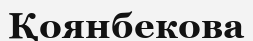
Қоянбекова